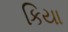
કિયા